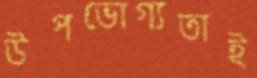
উপভোগ্যতাই